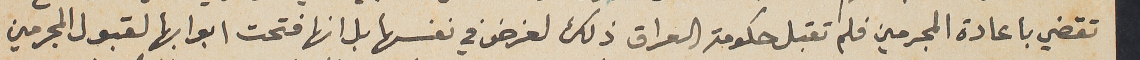
تقضي باعادة المجرمين فلم تقبل حكومة العراق ذلك لغرض في نفسها بل انها فتحت ابوابها لقبول المجرمين